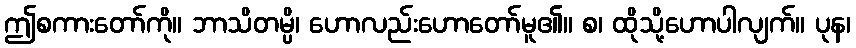
ဤစကားတော်ကို။ ဘာသိတမ္ပိ၊ ဟောလည်းဟောတော်မူ၏။ စ၊ ထိုသို့ဟောပါလျက်။ ပုန၊